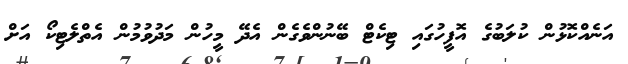
އަނެއްކޮޅުން ކުލަބުގެ އޮފީހުގައި ޓިކެޓް ބޭނުންވެގެން އެދޭ މީހުން މަދުވުމުން އެތްލެޓިކޯ އަށް